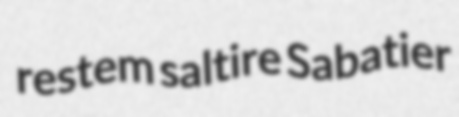
restem saltire Sabatier